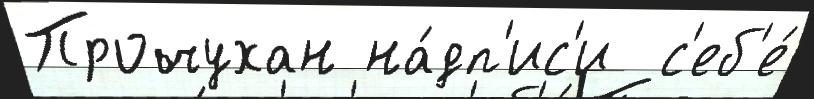
Прочухан на́дп'ис'и  с'еб'е́